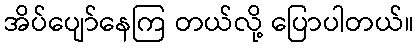
အိပ်ပျော်နေကြ တယ်လို့ ပြောပါတယ်။